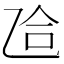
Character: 𫡥